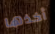
أخذها